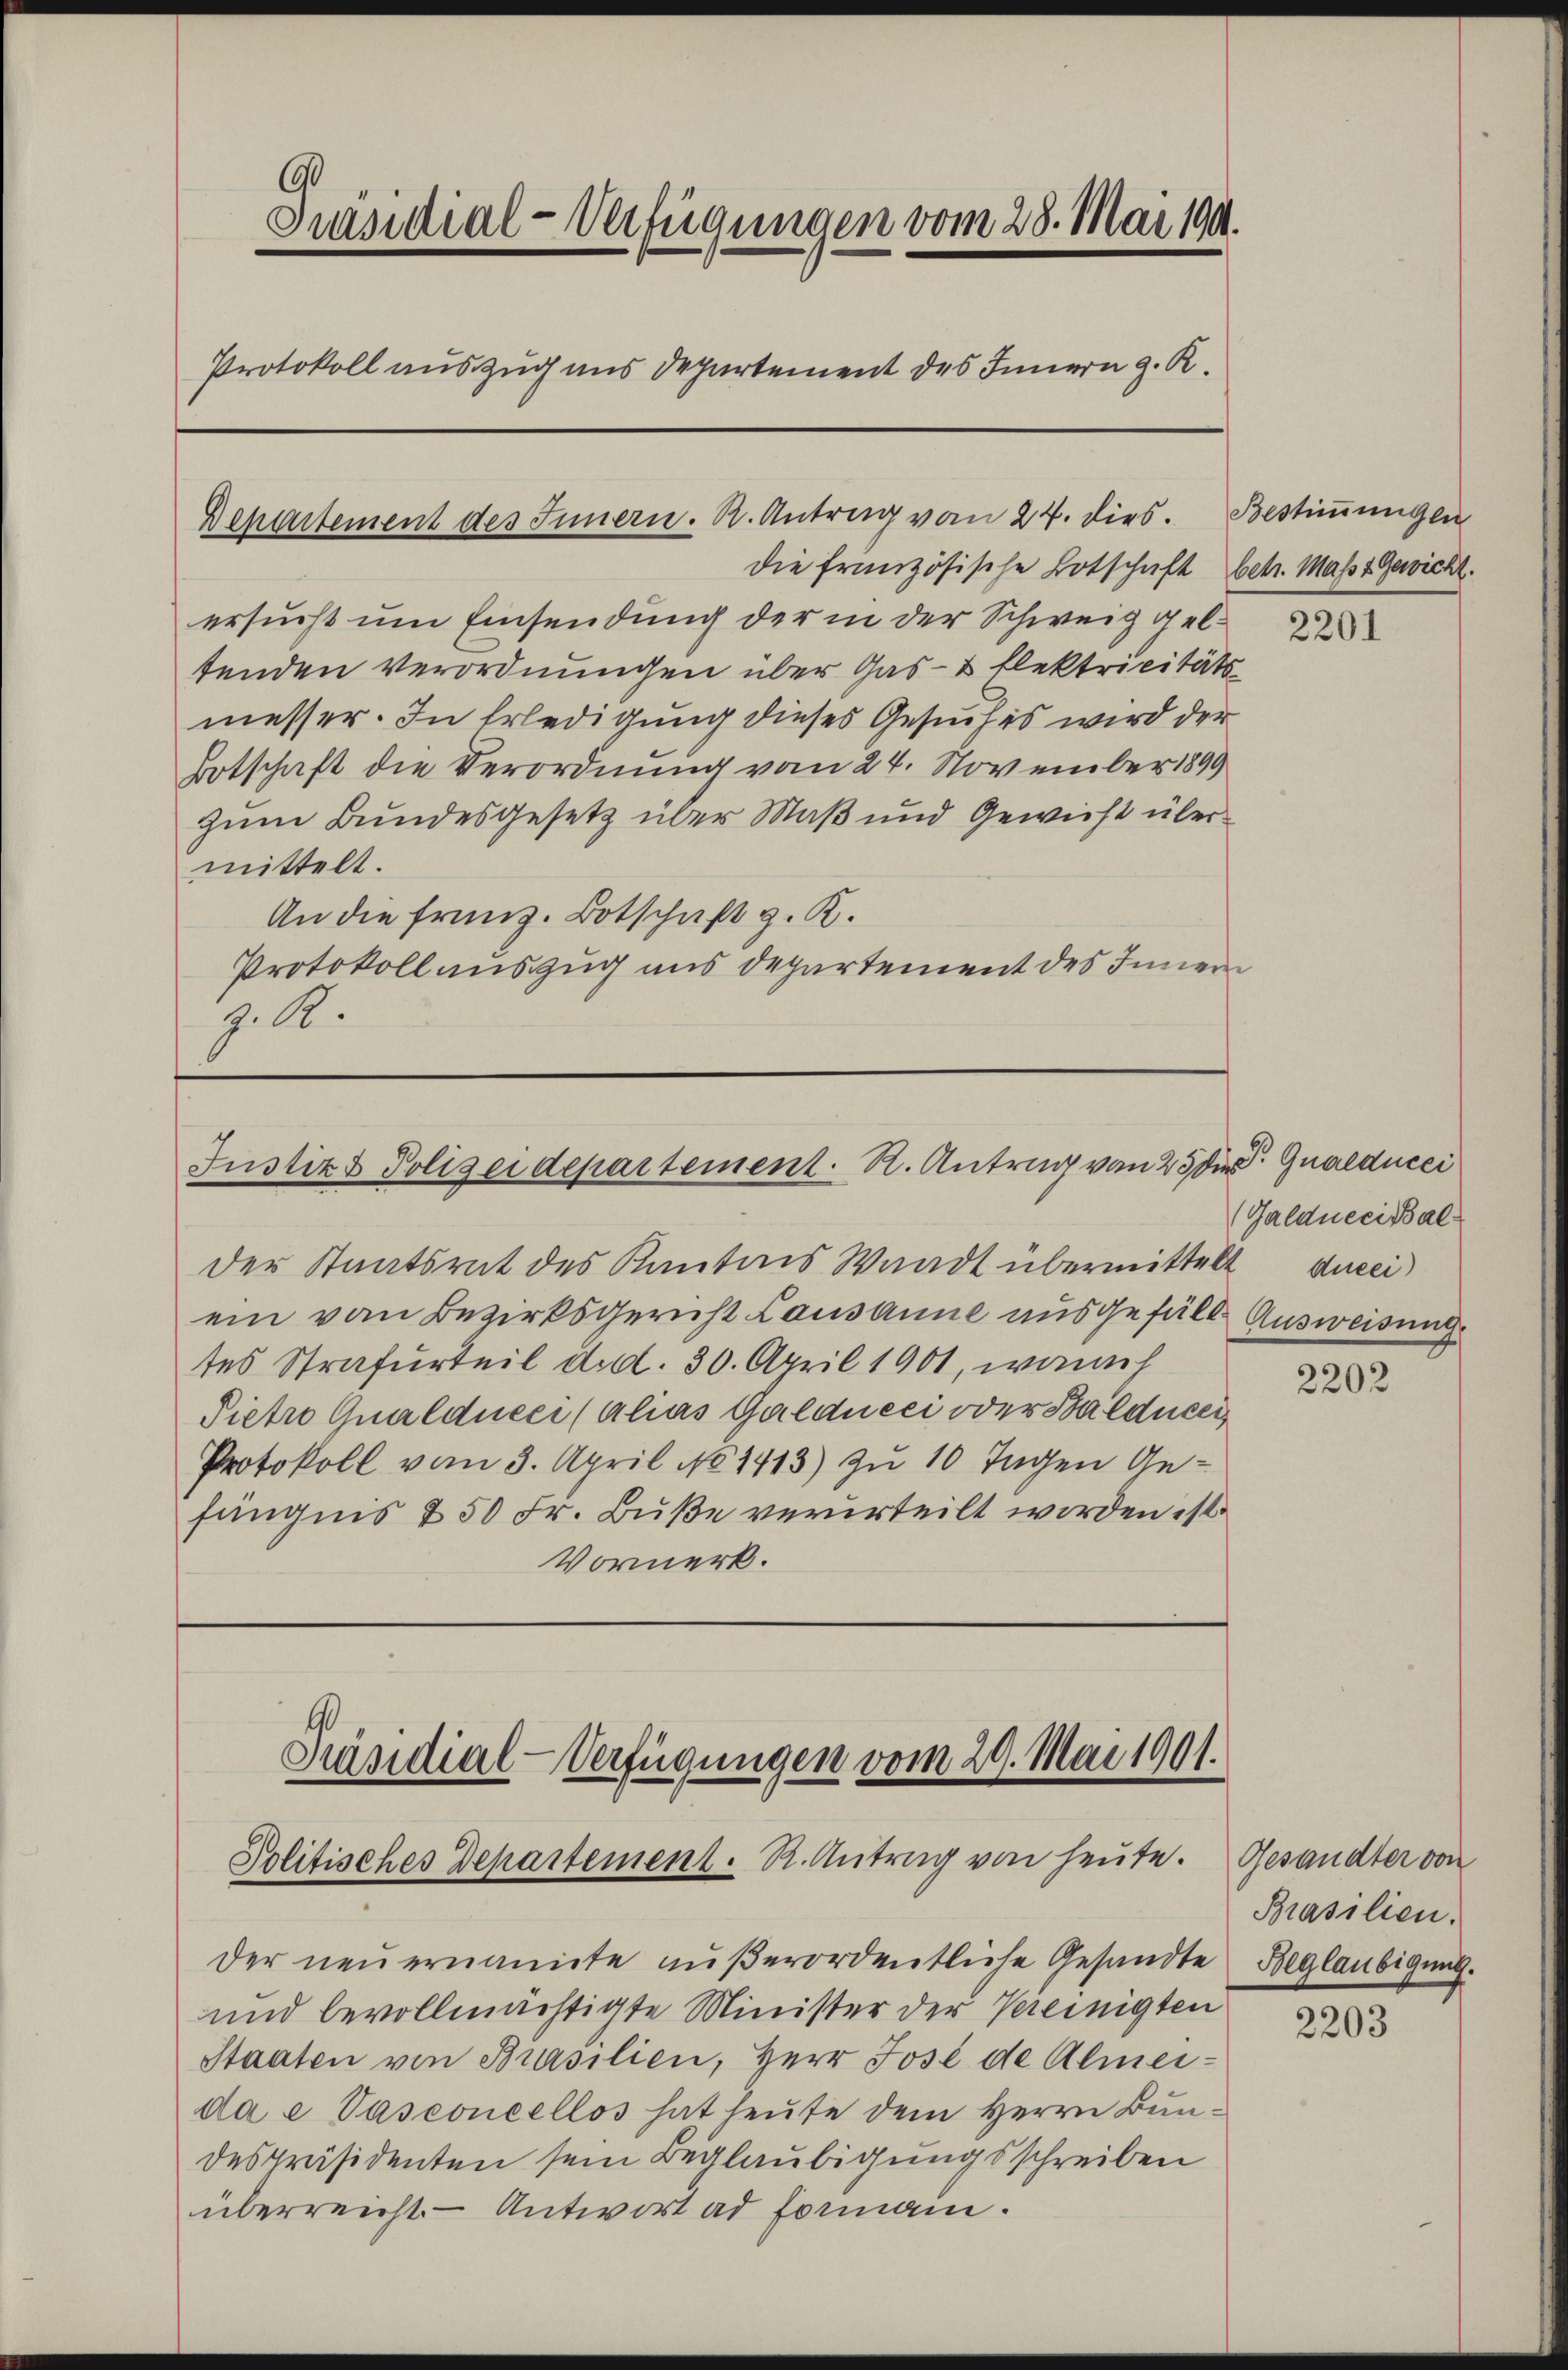
90
Präsidial-Verfügungen vom 28. Mai 194.
Protokoll auszug aus Departement des Innern z. R.

Departement des Innern. R. Antrag vom 24. dies. Bestimmungen

die französische Botschaft betr. Masst Gewicht.
ersucht um Einsendung der in der Schweig geltenden Verordnungen über Gas- & Elektricitäts-
messer. In Erledigung dieses Gesuches wird der
Botschaft die Verordnung vom 24. November 1899
zum Bundesgesetz über Maß und Gewicht übermittelt.
An die franz. Botschaft z. K.
Protokoll auszug aus Departement des Innern
z. A.

Justiz & Polizeidepartement. R. Antrag von 250. Gualducei

Der Staatsrat des Kantons Waadt übermittelt
ein von Bezirksgericht Lausanne ausgefülle Ausweisung
tes Strafurteil d.d. 30. April 1901, wonach
Pietr Qualducci (alias Galducci oder Balducer
Protokoll vom 3. April No 1413) zu 10 Tagen Gefängnis & 50 Fr. Buße verurteilt worden ist.
Vormerk.

Präsidial-Verfügungen vom 29. Mai 1901.
Politisches Departement. R. Antrag von heute.

der neuernannte außerordentliche Gesandte Beglaubigung.
und bevollmächtigte Minister der Vereinigten
Staaten von Brasilien, Herr José de Almeida e Vasconcellos hat heute dem Herrn Bundespräsidenten sein Beglaubigungsschreiben
überreicht. - Antwort ad Formann.

2201

(Galdnecial
Ancei)

2202

Gesandter von
Brasilien.

2203